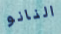
النانو